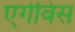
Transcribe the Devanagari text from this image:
एगेविस